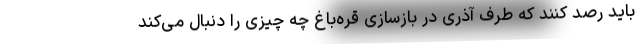
باید رصد کنند که طرف آذری در بازسازی قره‌باغ چه چیزی را دنبال می‌کند